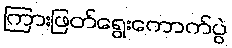
ကြားဖြတ်ရွေးကောက်ပွဲ